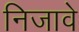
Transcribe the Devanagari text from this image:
निजावे